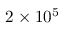
2 \times 1 0 ^ { 5 }